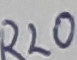
Text: R20